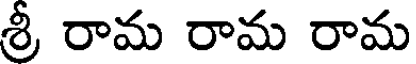
శ్రీ రామ రామ రామ